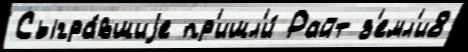
Сыгра́вшиjе пр'ишл'и́ Райт з'емл'и8